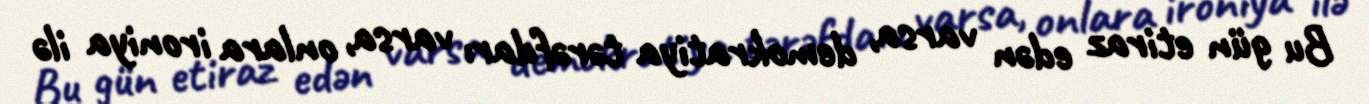
Bu gün etiraz edən varsa, demokratiya tərəfdarı varsa, onlara ironiya ilə